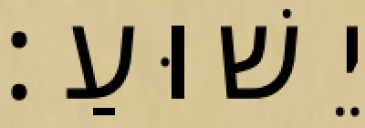
יֵשׁוּעַ׃